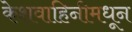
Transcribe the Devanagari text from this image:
केशवाहिनीमधून